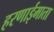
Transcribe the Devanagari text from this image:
हरणाईमाता